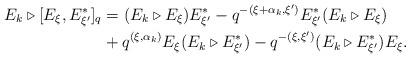
LaTeX: \begin{align*}E_k \triangleright [E_\xi, E_{\xi^\prime}^*]_q & = (E_k \triangleright E_\xi) E_{\xi^\prime}^* - q^{-(\xi + \alpha_k, \xi^\prime)} E_{\xi^\prime}^* (E_k \triangleright E_\xi)\\ & + q^{(\xi, \alpha_k)} E_\xi (E_k \triangleright E_{\xi^\prime}^*) - q^{-(\xi, \xi^\prime)} (E_k \triangleright E_{\xi^\prime}^*) E_\xi.\end{align*}